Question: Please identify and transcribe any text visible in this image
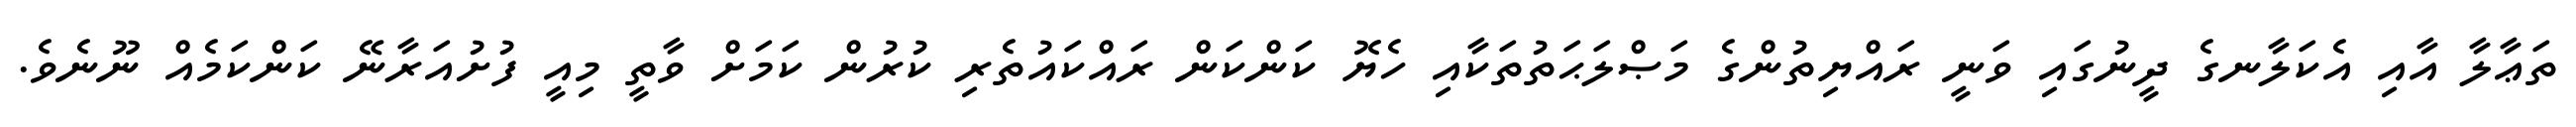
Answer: ތަޢާލާ އާއި އެކަލާނގެ ދީނުގައި ވަނީ ރައްޔިތުންގެ މަޞްލަޙަތުތަކާއި ހެޔޮ ކަންކަން ރައްކައުތެރި ކުރުން ކަމަށް ވާތީ މިއީ ފުށުއަރާނޭ ކަންކަމެއް ނޫނެވެ.